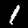
Label: 1